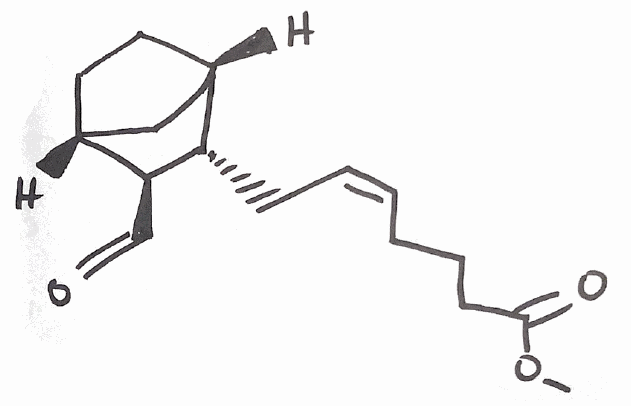
Simplified molecular-input line-entry system (SMILES) notation of the given molecule:
COC(=O)CCC/C=C\C[C@H]1[C@H]2CC[C@H](C2)[C@@H]1C=O